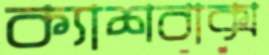
ক্যাশবাক্স